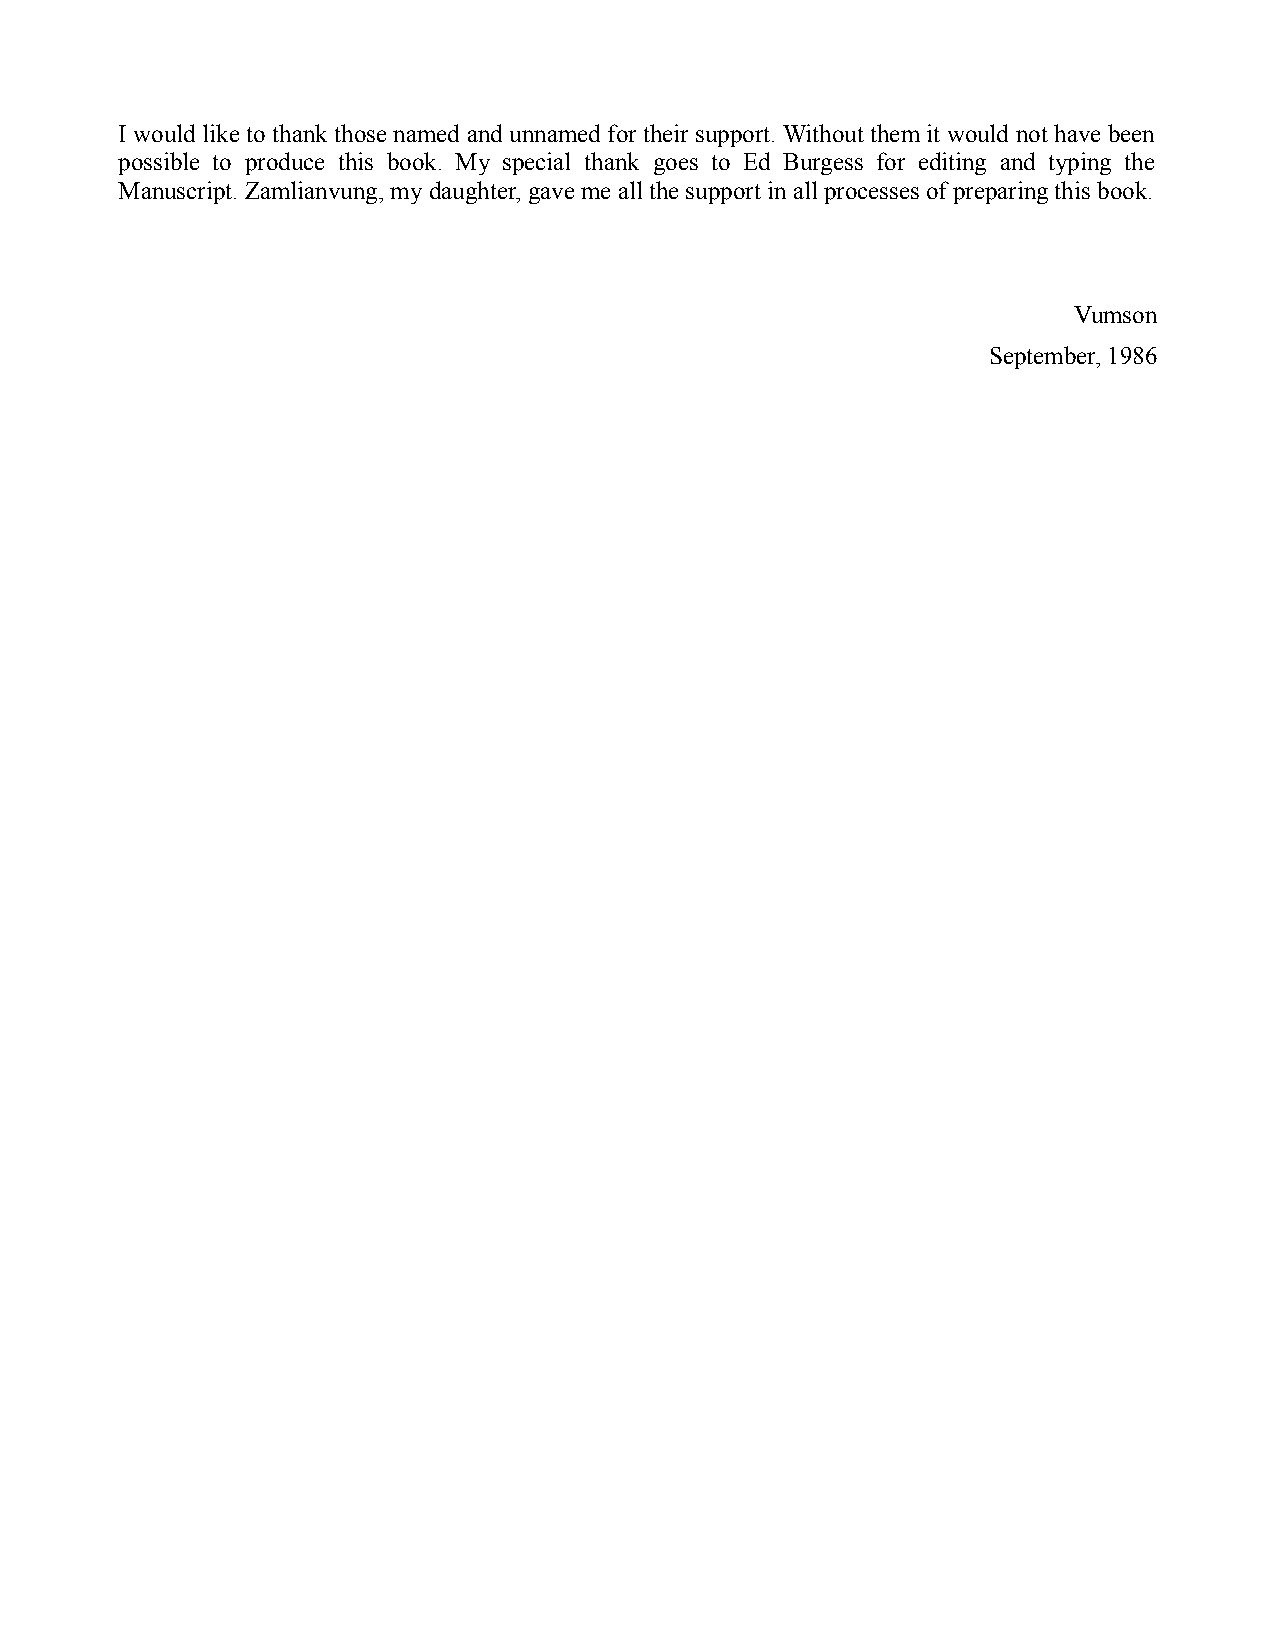
I would like to thank those named and unnamed for their support. Without them it would not have been
 possible to produce this book. My special thank goes to Ed Burgess for editing and typing the
 Manuscript. Zamlianvung, my daughter, gave me all the support in all processes of preparing this book.
 Vumson
 September, 1986